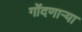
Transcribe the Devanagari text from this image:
गोंदणार्‍या